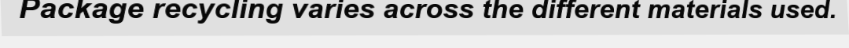
Package recycling varies across the different materials used.